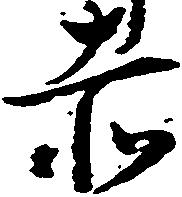
赤